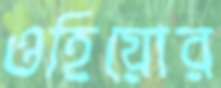
ওহিয়োর